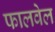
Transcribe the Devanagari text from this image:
फालवेल